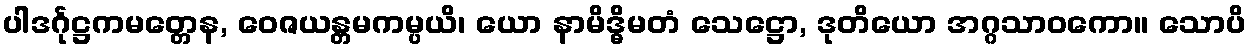
ပါဒင်္ဂုဋ္ဌကမတ္တေန, ဝေဇယန္တမကမ္ပယိ၊ ယော နာမိဒ္ဓိမတံ သေဋ္ဌော, ဒုတိယော အဂ္ဂသာဝကော။ သောပိ